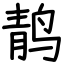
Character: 䴖